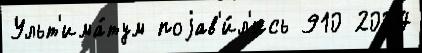
Ульт'има́тум поjав'и́л'ись 910 2004